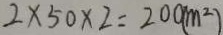
2 \times 5 0 \times 2 = 2 0 0 ( m ^ { 2 } )